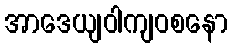
အာဒေယျဝါကျဝစနော